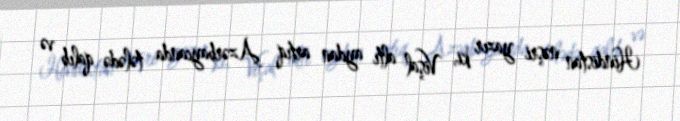
Hindistan nəşri yazır ki, Vişal altı aydan artıq Azərbaycanda tələdə qalıb və